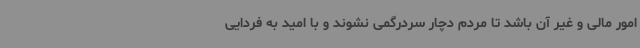
امور مالی و غیر آن باشد تا مردم دچار سردرگمی نشوند و با امید به فردایی